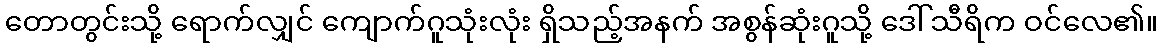
တောတွင်းသို့ ရောက်လျှင် ကျောက်ဂူသုံးလုံး ရှိသည့်အနက် အစွန်ဆုံးဂူသို့ ဒေါ်သီရိက ဝင်လေ၏။